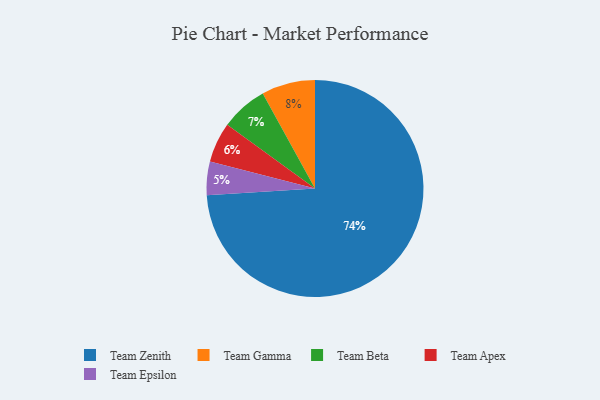
{"axis": {"x": "Category", "y": "Percentage"}, "legend": ["Team Apex", "Team Beta", "Team Epsilon", "Team Gamma", "Team Zenith"], "data": [{"x": "Team Beta", "y": 7, "type": "Team Beta"}, {"x": "Team Zenith", "y": 74, "type": "Team Zenith"}, {"x": "Team Apex", "y": 6, "type": "Team Apex"}, {"x": "Team Epsilon", "y": 5, "type": "Team Epsilon"}, {"x": "Team Gamma", "y": 8, "type": "Team Gamma"}]}